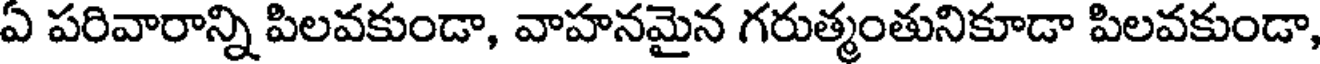
ఏ పరివారాన్ని పిలవకుండా, వాహనమైన గరుత్మంతునికూడా పిలవకుండా,